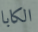
الكابا